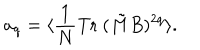
a _ { q } = \langle { \frac { 1 } { N } } \mathrm { T r } ~ ( \tilde { M } B ) ^ { 2 q } \rangle .